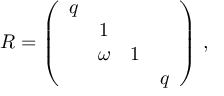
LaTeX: R = \left( \begin{array} { c c c c } { { q } } & { { } } & { { } } & { { } } \\ { { } } & { { 1 } } & { { } } & { { } } \\ { { } } & { { \omega } } & { { 1 } } & { { } } \\ { { } } & { { } } & { { } } & { { q } } \end{array} \right) \, ,